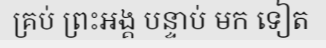
គ្រប់ ព្រះអង្គ បន្ទាប់ មក ទៀត